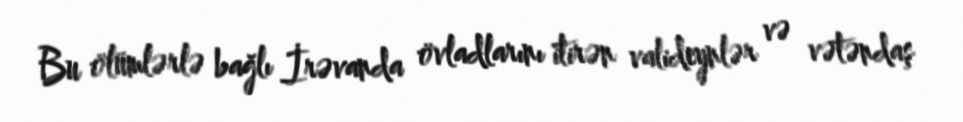
Bu ölümlərlə bağlı İrəvanda övladlarını itirən valideynlər və vətəndaş